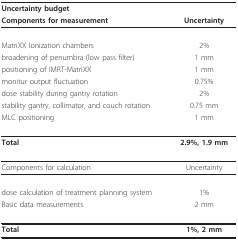
<table><thead><tr><td colspan="2"><b>Uncertainty budget</b></td></tr><tr><td><b>Components for measurement</b></td><td><b>Uncertainty</b></td></tr></thead><tbody><tr><td>MatriXX Ionization chambers</td><td>2%</td></tr><tr><td>broadening of penumbra (low pass filter)</td><td>1 mm</td></tr><tr><td>positioning of IMRT-MatriXX</td><td>1 mm</td></tr><tr><td>monitur output fluctuation</td><td>0.75%</td></tr><tr><td>dose stability during gantry rotation</td><td>2%</td></tr><tr><td>stability gantry, collimator, and couch rotation</td><td>0.75 mm</td></tr><tr><td>MLC positioning</td><td>1 mm</td></tr><tr><td><b>Total</b></td><td><b>2.9%, 1.9 mm</b></td></tr><tr><td>Components for calculation</td><td>Uncertainty</td></tr><tr><td>dose calculation of treatment planning system</td><td>1%</td></tr><tr><td>Basic data measurements</td><td>2 mm</td></tr><tr><td><b>Total</b></td><td><b>1%, 2 mm</b></td></tr></tbody></table>